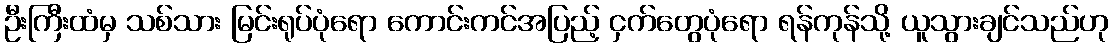
ဦးကြီးထံမှ သစ်သား မြင်းရုပ်ပုံရော ကောင်းကင်အပြည့် ငှက်တွေပုံရော ရန်ကုန်သို့ ယူသွားချင်သည်ဟု